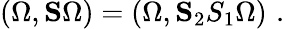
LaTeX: (\Omega,{\mathbf S}\Omega)=(\Omega,{\mathbf S_{2}S_{1}}\Omega)\, \, .